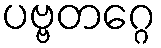
ပဗ္ဗတဂ္ဂေ